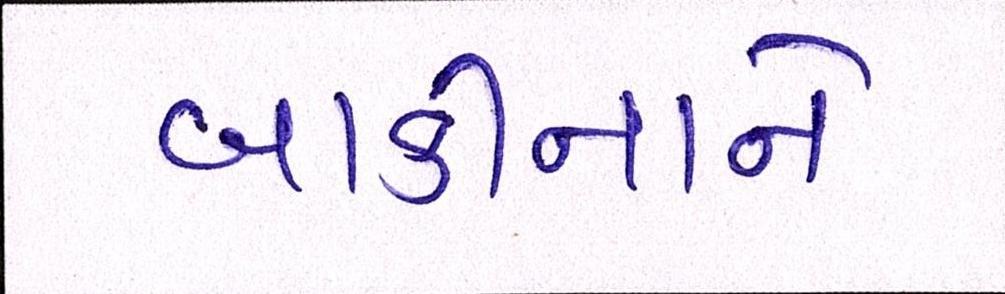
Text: બાકીનાને